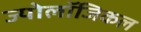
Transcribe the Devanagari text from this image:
ज्योलॉजिकल